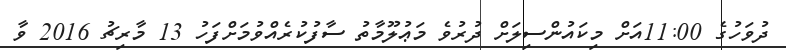
ދުވަހުގެ 11:00އަށް މިކައުންސިލަށް ދުރުވެ މަޢުލޫމާތު ސާފުކުރެއްވުމަށްފަހު 13 މާރިޗު 2016 ވާ